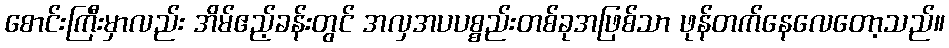
စောင်းကြီးမှာလည်း အိမ်ဧည့်ခန်းတွင် အလှအပပစ္စည်းတစ်ခုအဖြစ်သာ ဖုန်တက်နေလေတော့သည်။